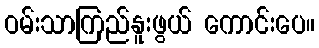
ဝမ်းသာကြည်နူးဖွယ် ကောင်းပေ။